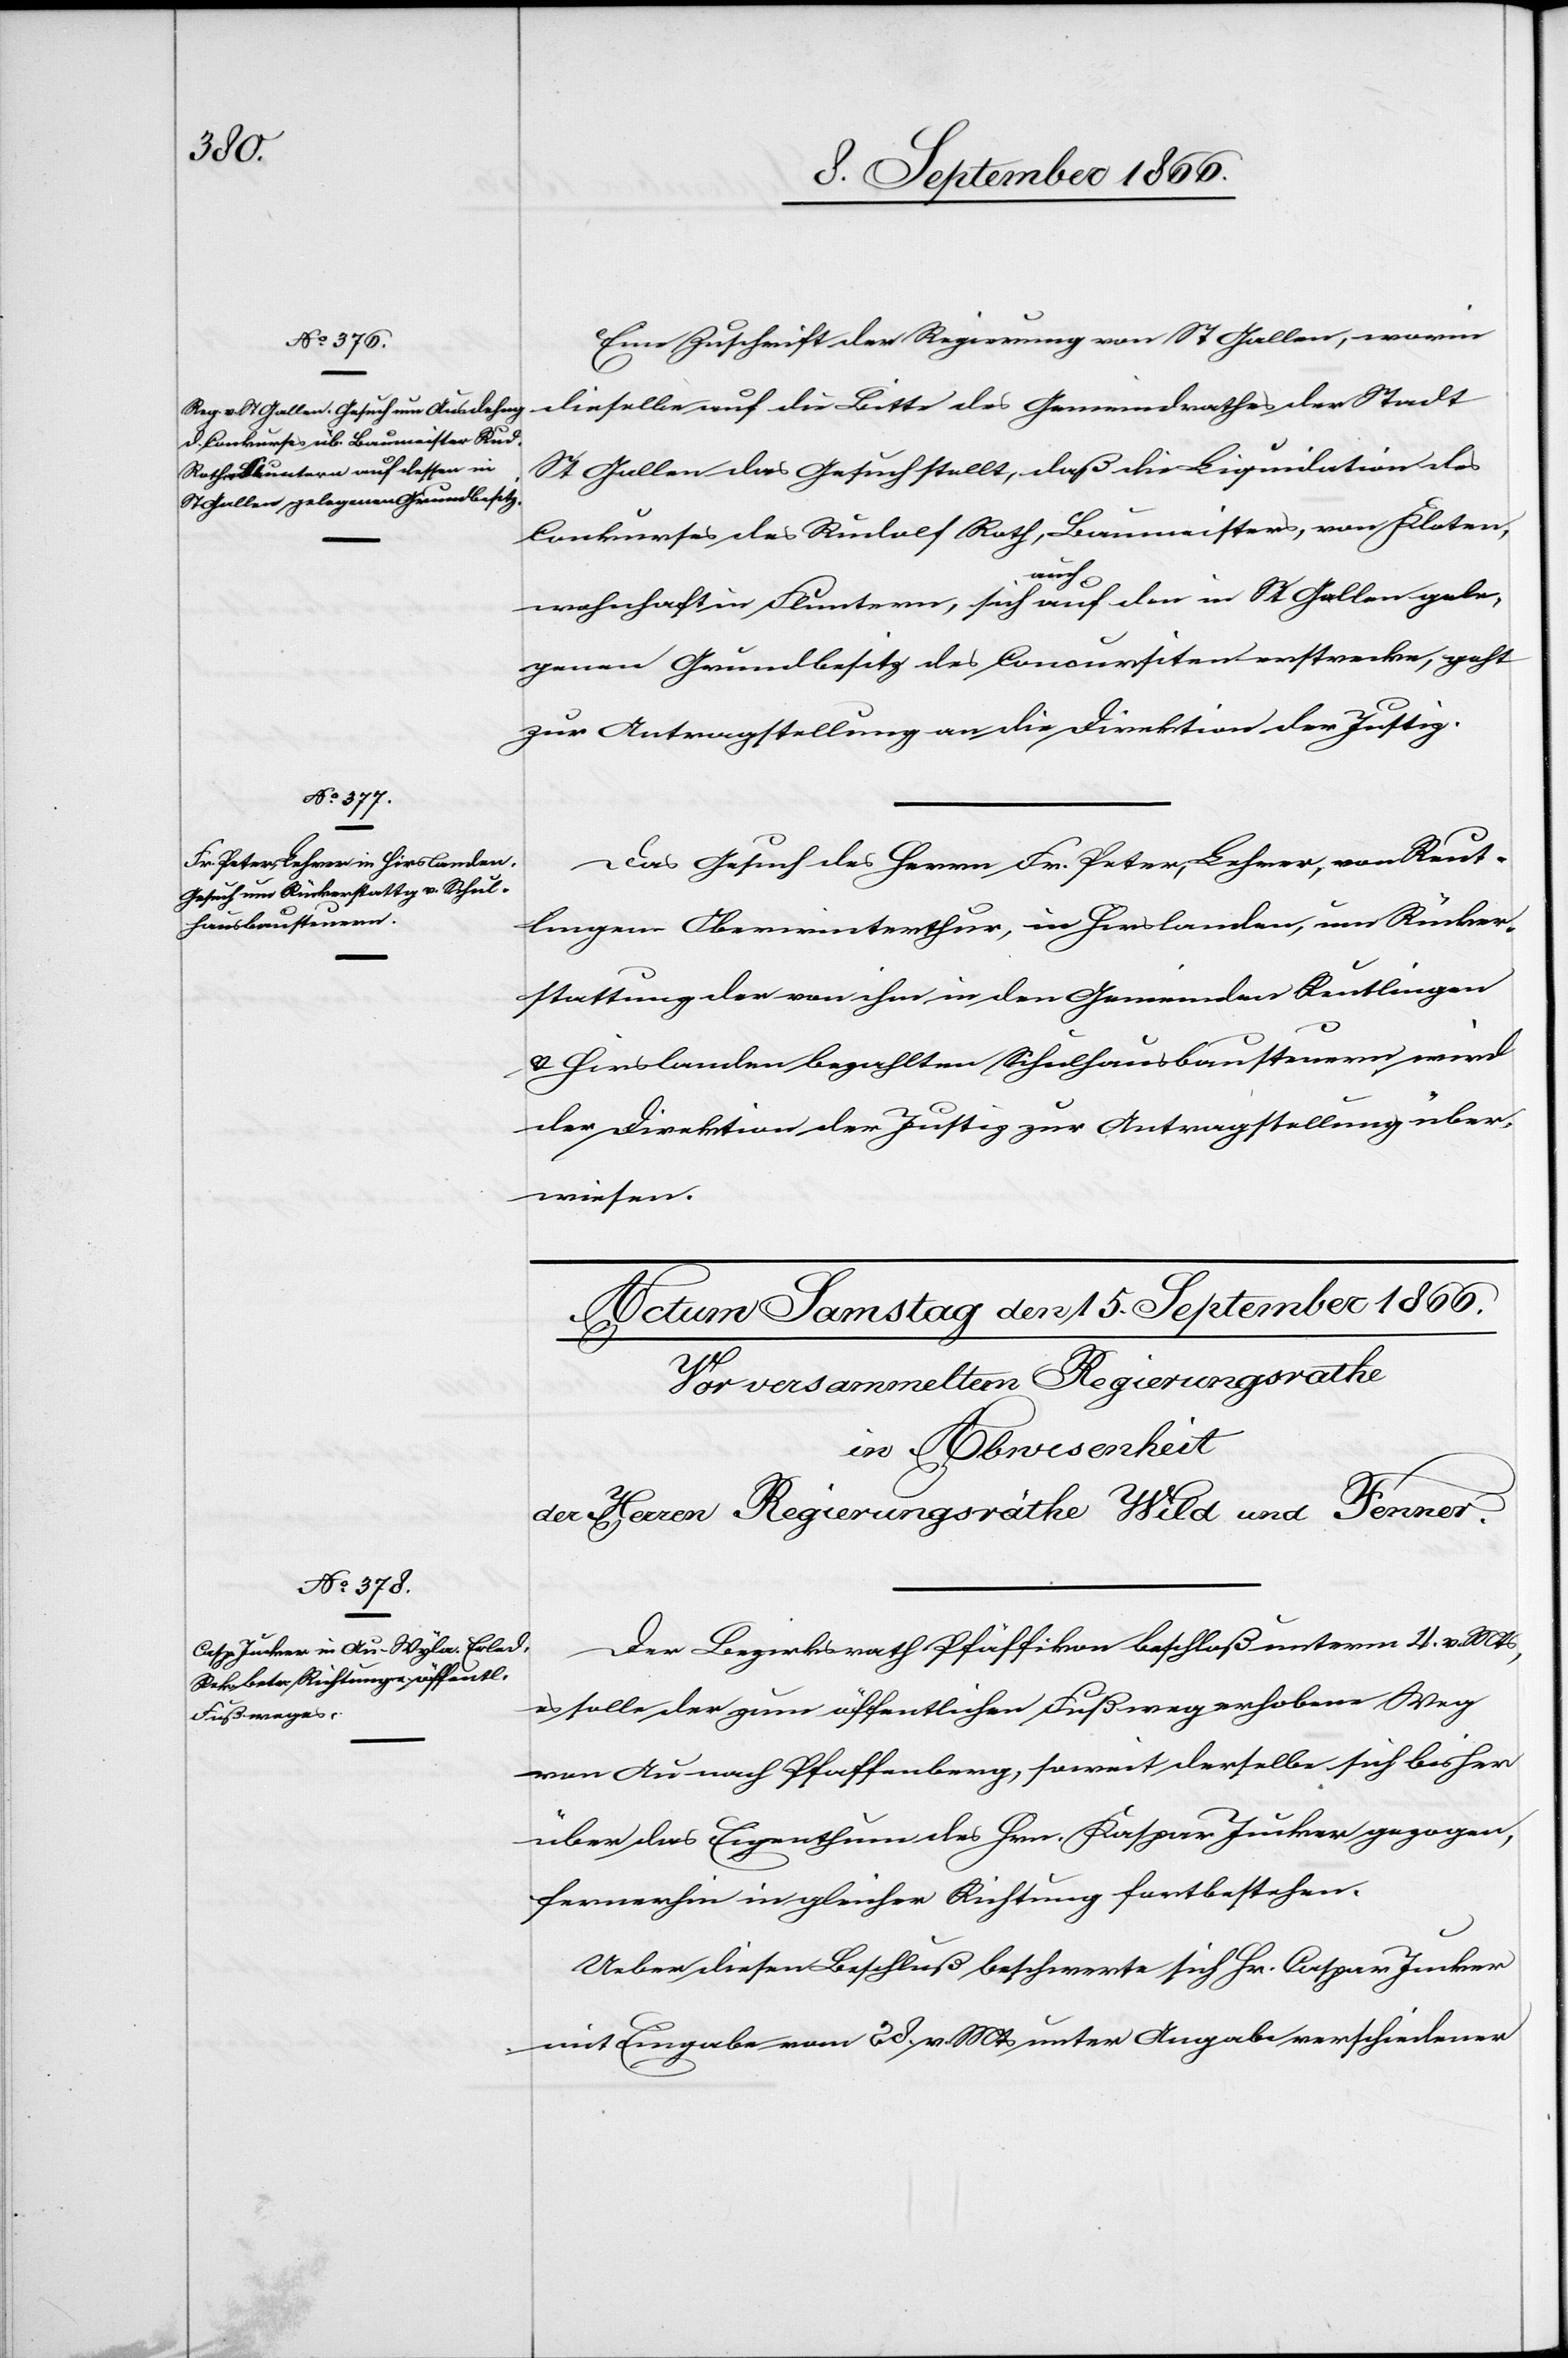
13. September 1866.]
Eine Zuschrift der Regierung von St. Gallen, worin
dieselbe auf die Bitte des Gemeindrathes der Stadt
St. Gallen das Gesuch stellt, daß die Liquidation des
Conkurses des Rudolf Roth, Baumeisters, von Kloten,
wohnhaft in Fluntern, sich auch auf den in St. Gallen gele¬
genen Grundbesitz des Concursiten erstrecke, geht
zur Antragstellung an die Direktion der Justiz.
Das Gesuch des Herrn Fr. Peter, Lehrer, von Reut¬
lingen Oberwinterthur, in Hirslanden, um Rücker¬
stattung der von ihm in den Gemeinden Reutlingen
u. Hirslanden bezahlten Schulhausbausteuern wird
der Direktion der Justiz zur Antragstellung über¬
wiesen.
Der Bezirksrath Pfäffikon beschloß unterm 4. v. Mts,
es solle der zum öffentlichen Fußweg erhobene Weg
von Au nach Pfaffenberg, soweit derselbe sich bisher
über das Eigenthum des Hrn. Kaspar Jucker gezogen,
fernerhin in gleicher Richtung fortbestehen.
Ueber diesen Beschluß beschwert sich Hr. Caspar Jucker
mit Eingabe vom 28. v. Mts unter Angabe verschiedener